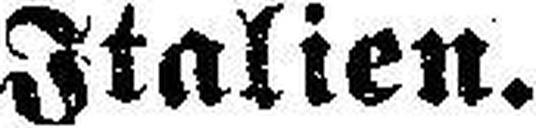
Italien.